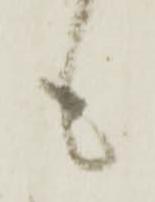
も